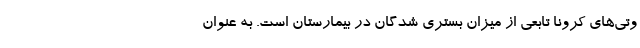
وتی‌های کرونا تابعی از میزان بستری شدگان در بیمارستان است. به عنوان